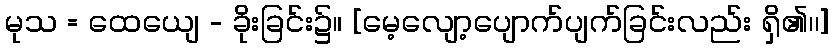
မုသ = ထေယျေ - ခိုးခြင်း၌။ [မေ့လျော့ပျောက်ပျက်ခြင်းလည်း ရှိ၏၊၊]